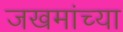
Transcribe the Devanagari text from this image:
जखमांच्या